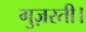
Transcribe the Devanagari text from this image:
गुज़रती।